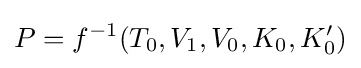
P=f^{-1}(T_{0},V_{1},V_{0},K_{0},K_{0}')